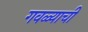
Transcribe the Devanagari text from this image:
गवळ्याची